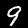
Digit: 9